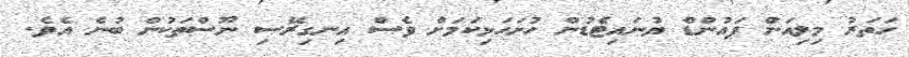
ހަތަރު މިލިއަން ޕައުންޑް ޔުނައިޓެޑުން ހުށަހަޅިކަމަށް ވެސް އިނގިރޭސި ނޫސްތަކުން ބުނެ އެވެ.